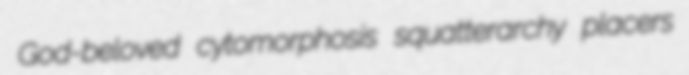
God-beloved cytomorphosis squatterarchy placers